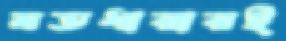
মতধারারই